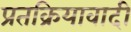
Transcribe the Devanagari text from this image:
प्रतक्रियावादी